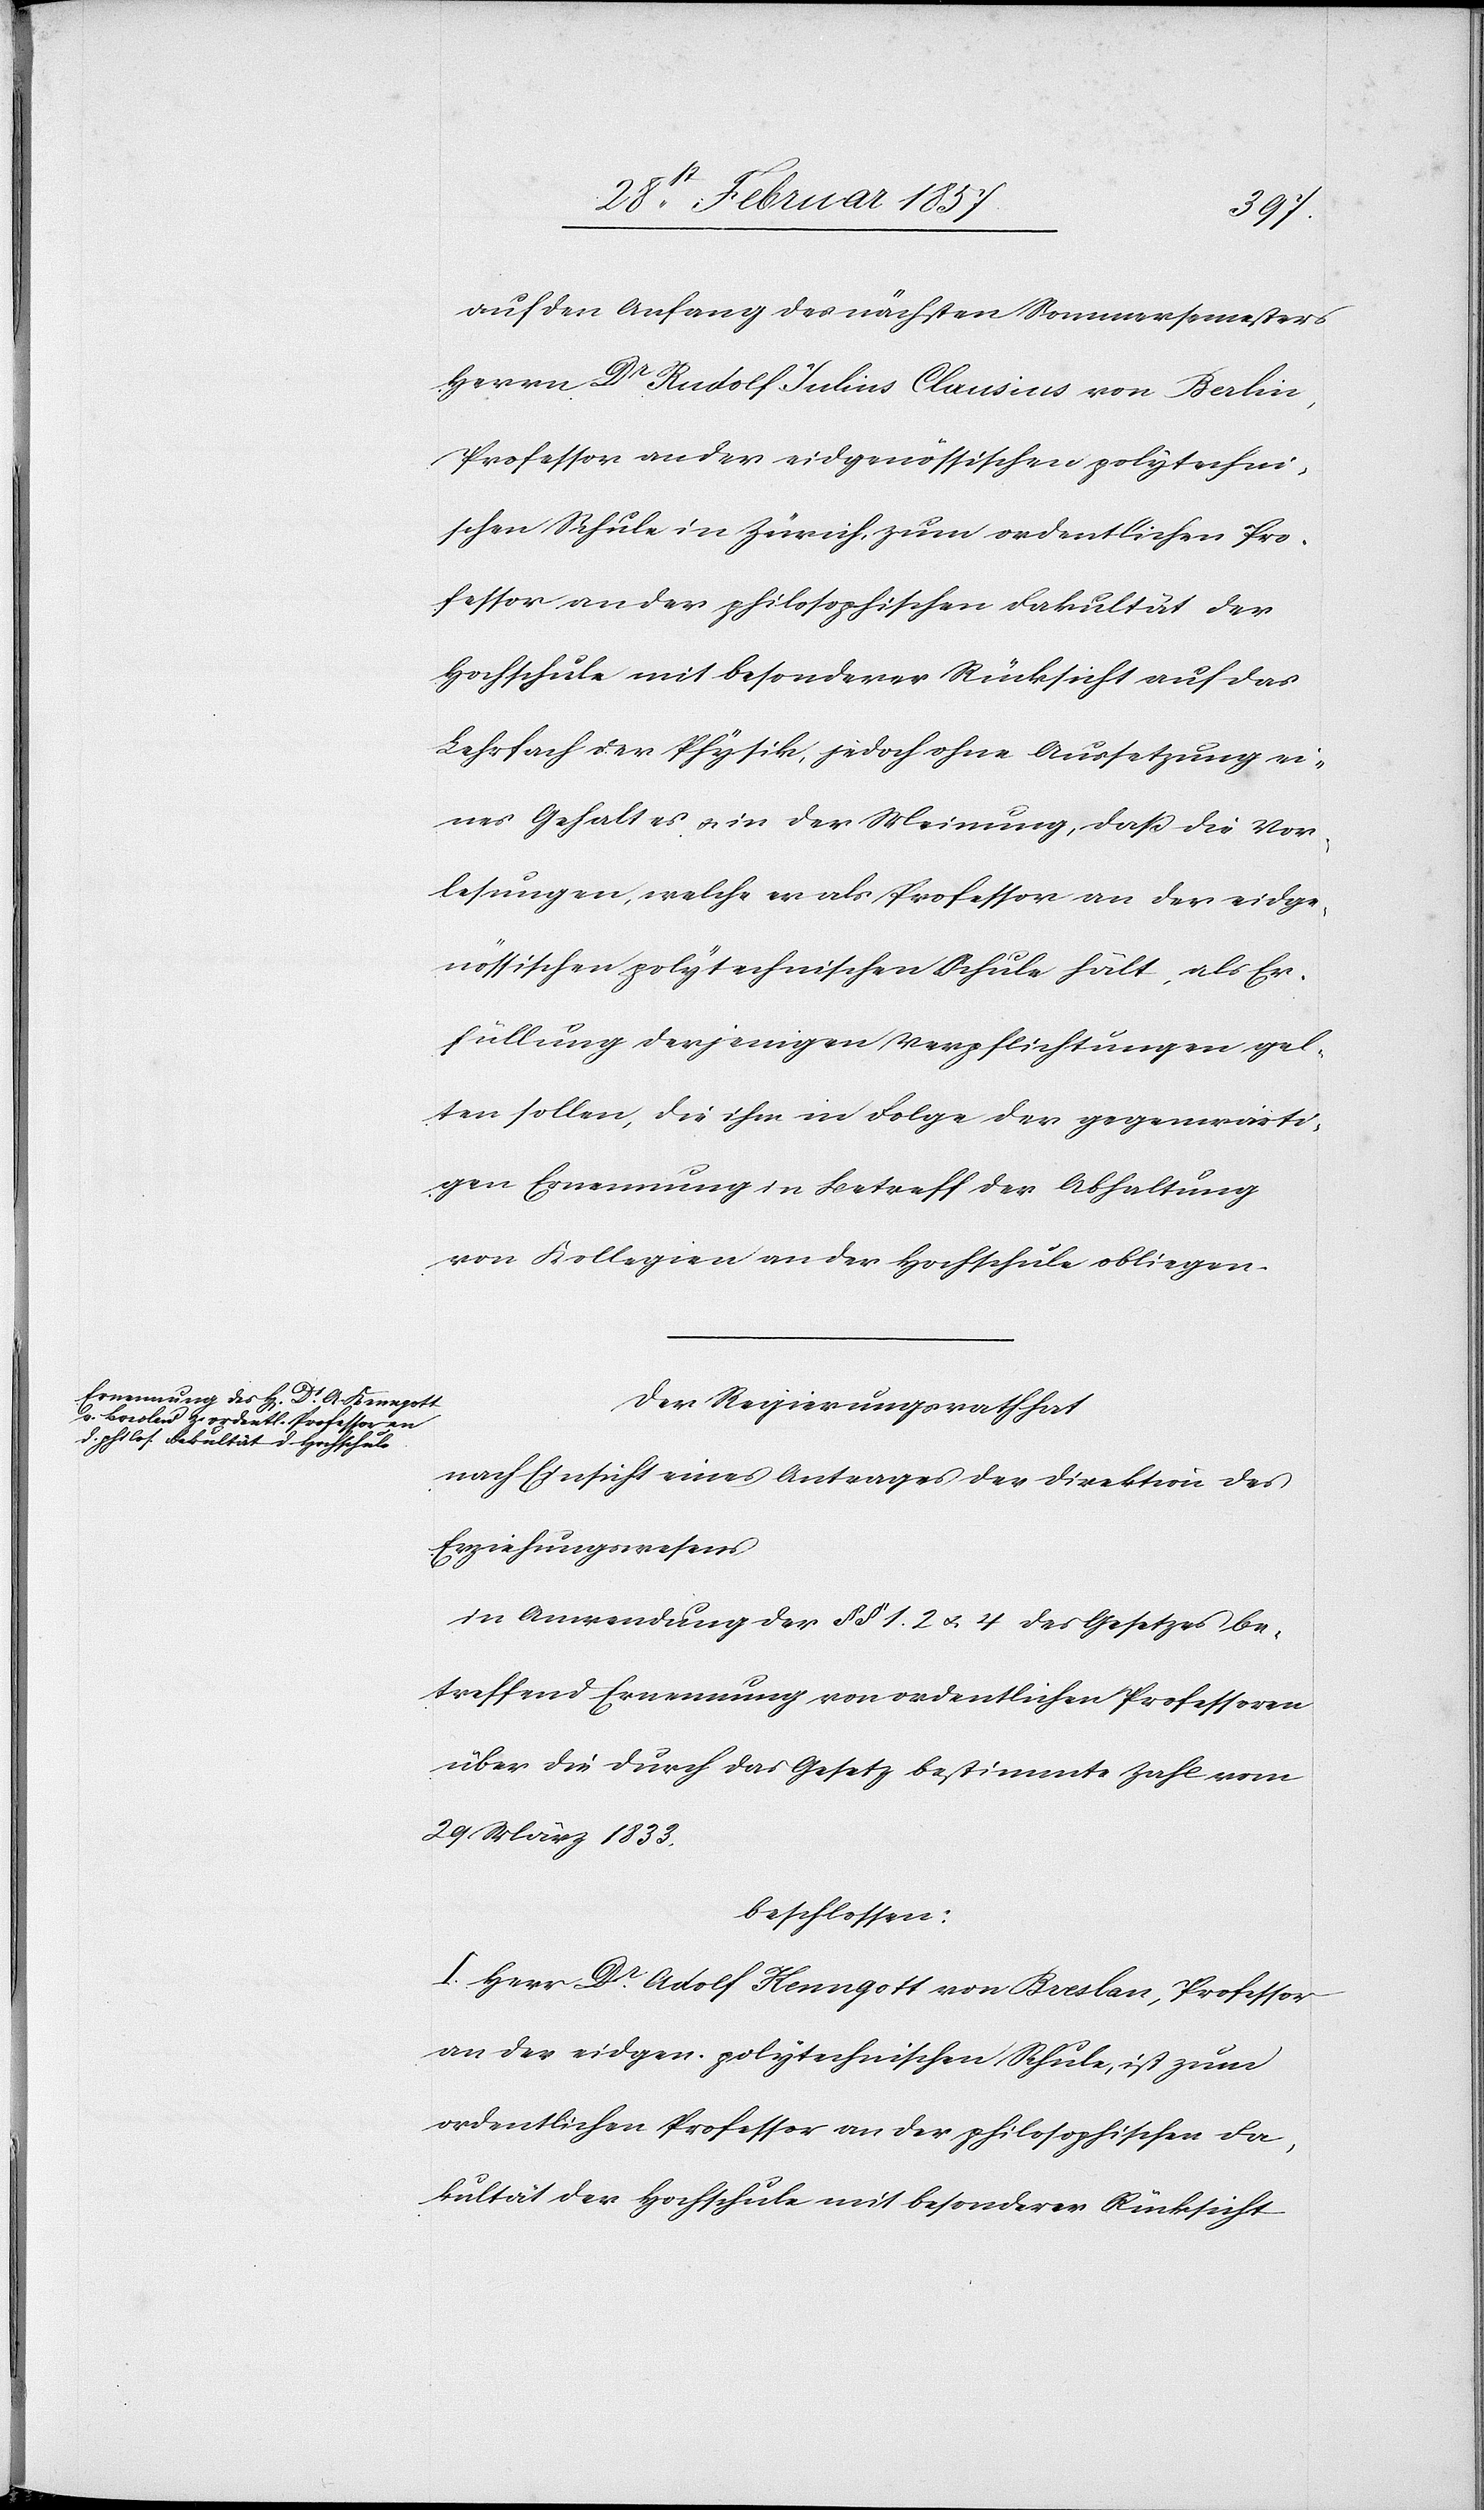
auf den Anfang des nächsten Sommersemesters
Herrn Dr Rudolf Julius Clausius von Berlin,
Professor an der eidgenössischen polytechni¬
schen Schule in Zürich, zum ordentlichen Pro¬
fessor an der philosophischen Fakultät der
Hochschule mit besonderer Rücksicht auf das
Lehrfach der Physik, jedoch ohne Aussetzung ei¬
nes Gehaltes u. in der Meinung, daß die Vor¬
lesungen, welche er als Professor an der eidge¬
nössischen polytechnischen Schule hält, als Er¬
füllung derjenigen Verpflichtungen gel¬
ten sollen, die ihm in Folge der gegenwärti¬
gen Ernennung in Betreff der Abhaltung
von Kollegien an der Hochschule obliegen.
Der Regierungsrath hat
nach Einsicht eines Antrages der Direktion des
Erziehungswesens
in Anwendung des § § 1. 2. u. 4 des Gesetzes be¬
treffend Ernennung von ordentlichen Professoren
über die durch das Gesetz bestimmte Zahl vom
29 März 1833.
beschlossen:
I. Herr Dr Adolf Kenngott von Breslau, Professor
an der eidgen. polytechnischen Schule, ist zum
ordentlichen Professor an der philosophischen Fa¬
kultät der Hochschule mit besonderer Rücksicht